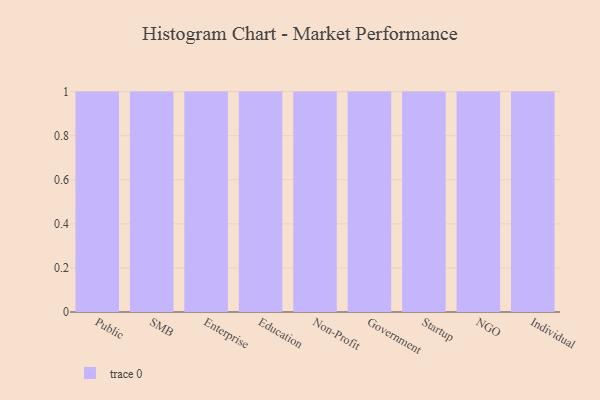
{"axis": {"x": "Segment", "y": "Waste Production (Tons)"}, "legend": [""], "data": [{"x": "Public", "y": 98, "type": ""}, {"x": "SMB", "y": 26, "type": ""}, {"x": "Enterprise", "y": 86, "type": ""}, {"x": "Education", "y": 70, "type": ""}, {"x": "Non-Profit", "y": 99, "type": ""}, {"x": "Government", "y": 61, "type": ""}, {"x": "Startup", "y": 15, "type": ""}, {"x": "NGO", "y": 15, "type": ""}, {"x": "Individual", "y": 18, "type": ""}]}